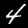
Digit: 4